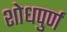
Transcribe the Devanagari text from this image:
शोधपुर्ण